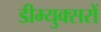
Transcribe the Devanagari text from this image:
डीम्युक्सरों